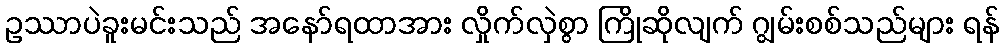
ဥဿာပဲခူးမင်းသည် အနော်ရထာအား လှိုက်လှဲစွာ ကြိုဆိုလျက် ဂျွမ်းစစ်သည်များ ရန်